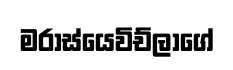
මරාස්යෙවිච්ලාගේ